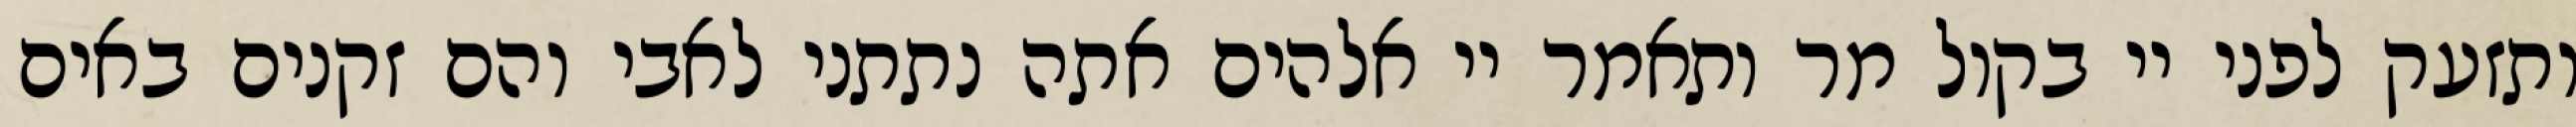
ותזעק לפני יי בקול מר ותאמר יי אלהים אתה נתתני לאבי והם זקנים באים